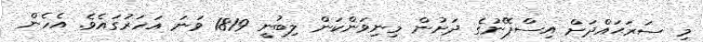
މި ސަރަޙައްދަށް އިސްޕޭނުގެ ދަށުން މިނިވަންކަން ލިބުނީ 1819 ވަނަ އަހަރުގައެވެ. އެހެން